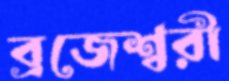
ব্রজেশ্বরী